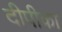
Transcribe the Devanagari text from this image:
दीपीका